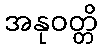
အနုဝတ္တိ